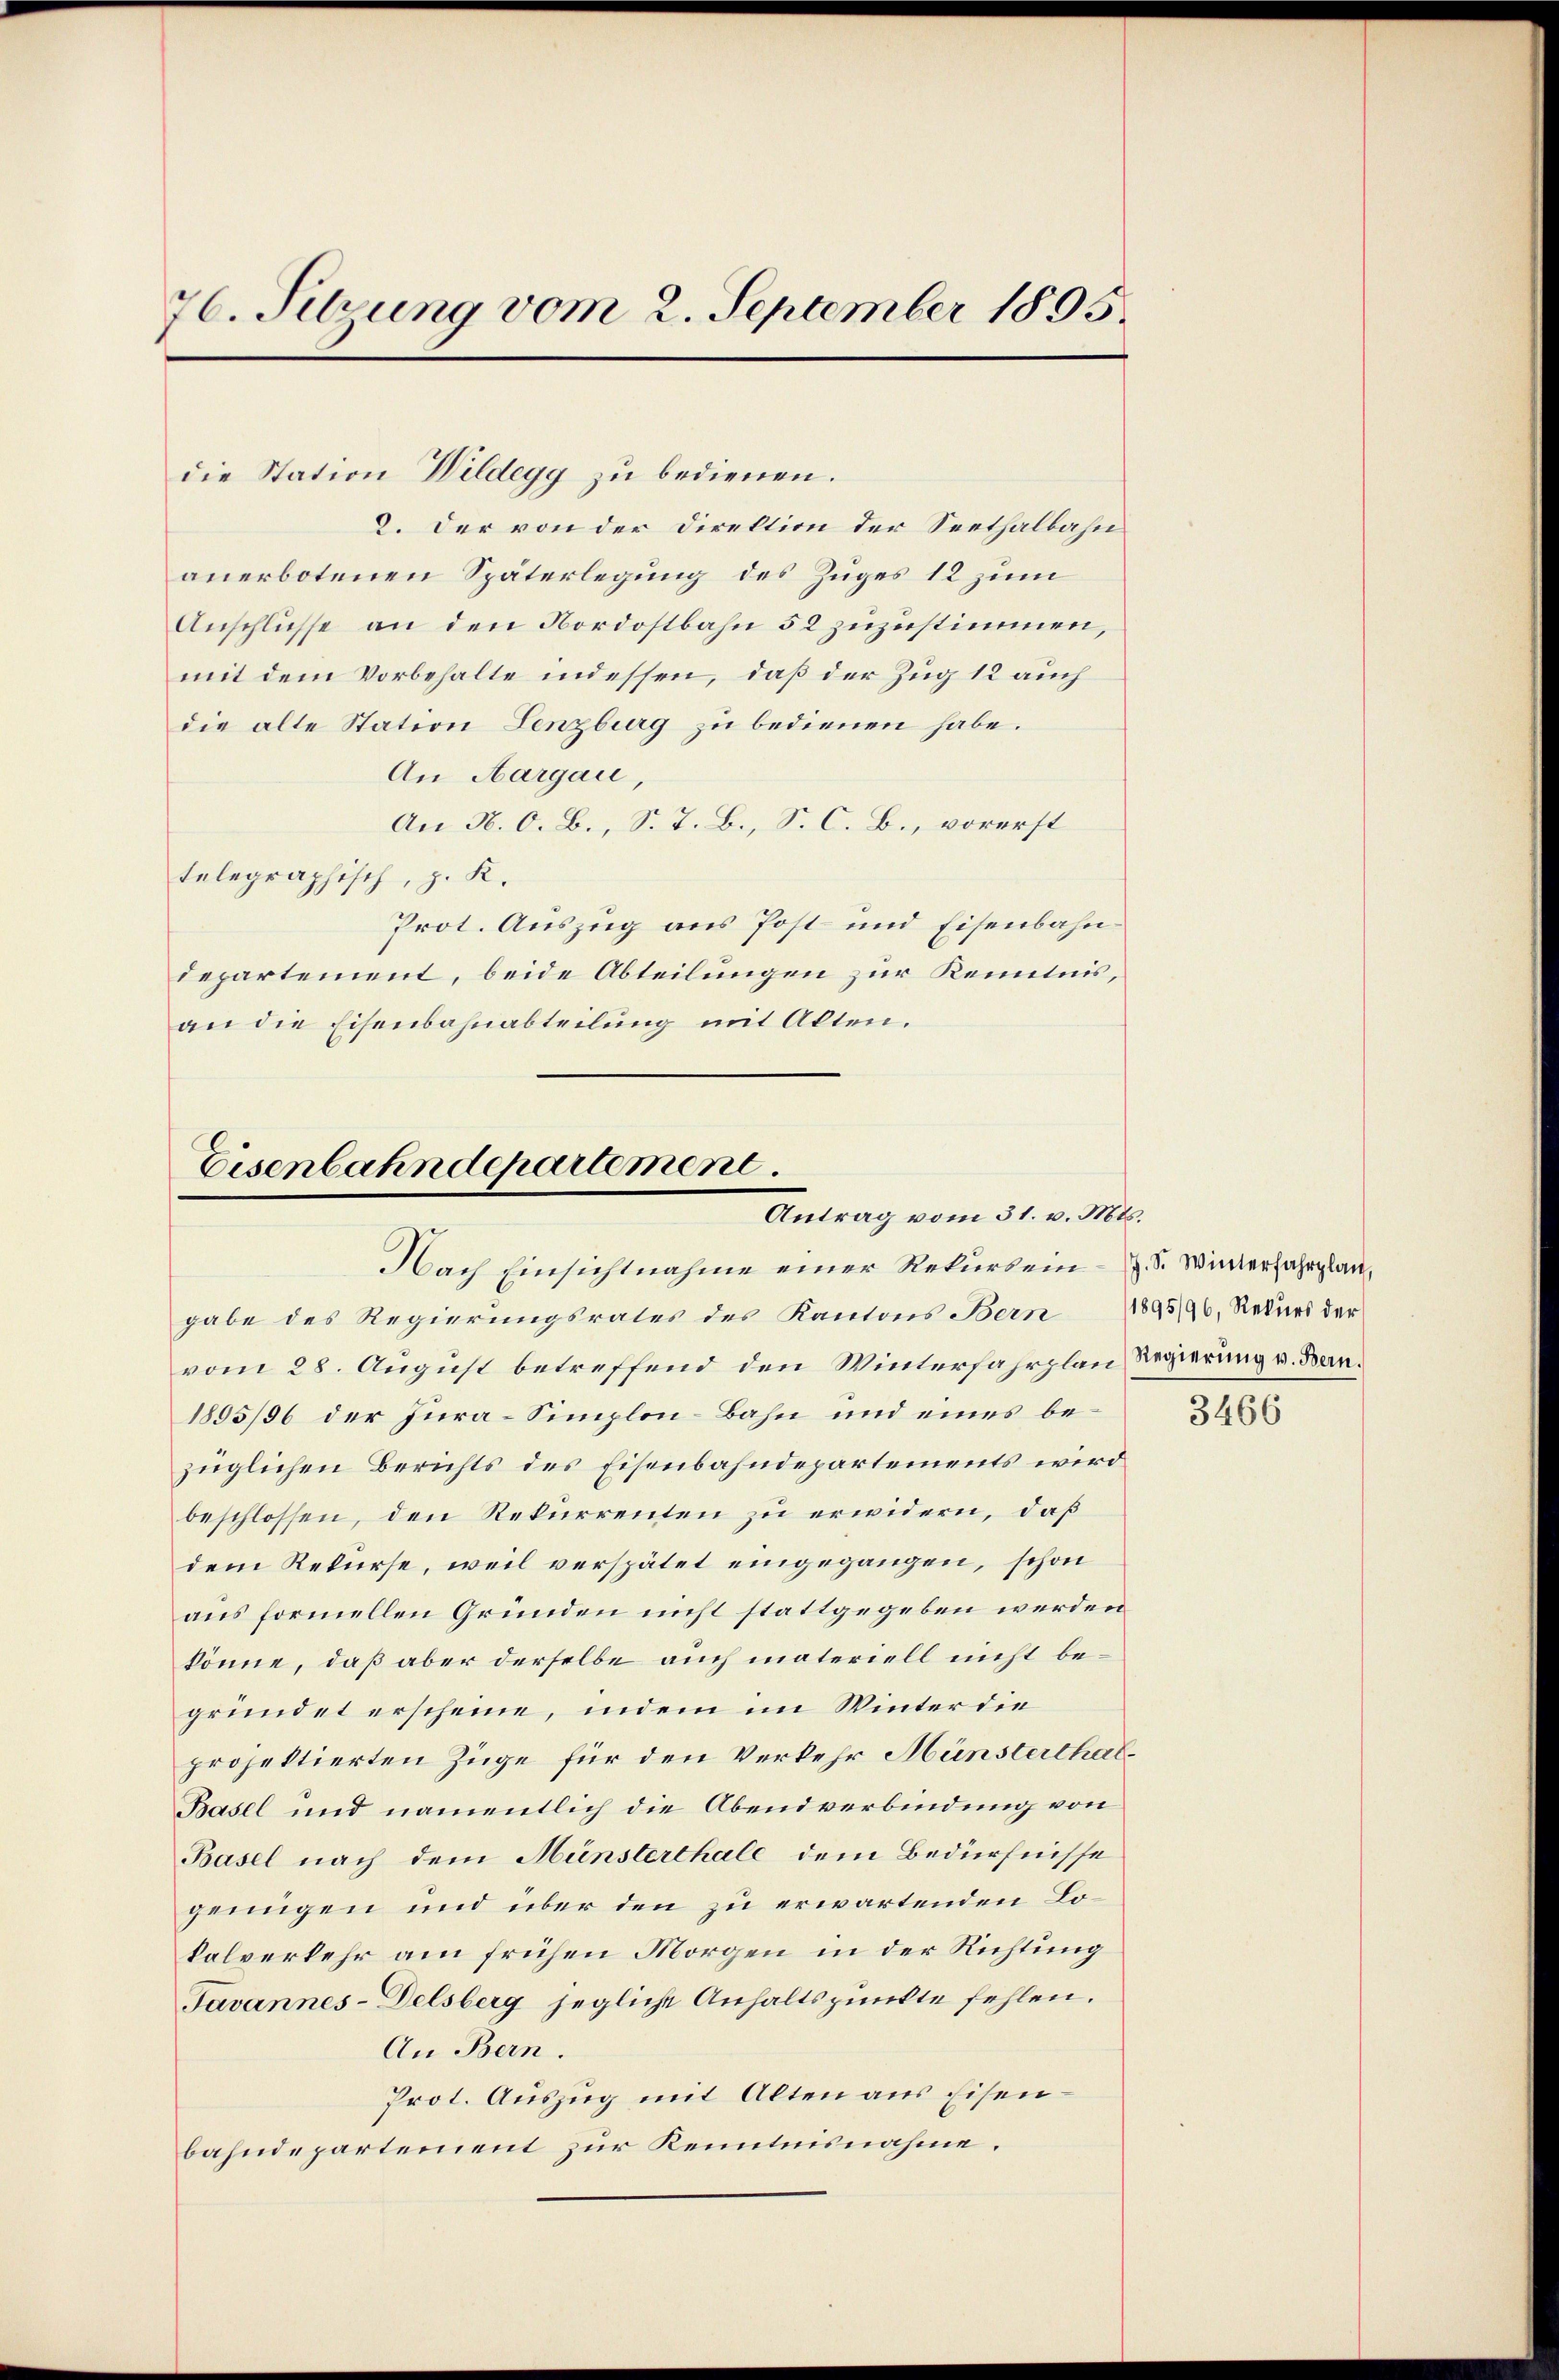
76. Sitzung vom 2. September 1895.

8. Der von der Direktion der Seethalbahn
anerbotenen Späterlegung des Zuges 12 zum
Anschlusse an den Nordostbahn 52 zuzustimmen,
mit dem Vorbehalte indessen, daß der Zug 12 auch
die alte Station Lenzburg zu bedienen habe.
An Aargau,
An N. O. B., S. J. B., S. C. B., vorerst
telegraphisch, z. K.
Prot. Auszug aus Post- und Eisenbahndepartement, beide Abteilungen zur Kenntnis,
an die Eisenbahnabteilung mit Alten.

die Station Wildegg zu bedienen.

Eisenbahndepartement.
Antrag vom 31. v. Mts.
Nach Einsichtnahme einer Rekurs ein - z. S. Winterfahrplan,

gabe des Regierungsrates des Kantons Bern 1895/96, Rekurs der
vom 28. August betreffend den Winterfahrplan Regierung u. Ben¬
1895/36 der Jura-Simplon-Bahn und eines bezüglichen Berichts des Eisenbahndepartements wird
beschlossen, den Rekurrenten zu erwidern, daß
dem Rekurse, weil verspätet eingegangen, schon
aus formellen Gründen nicht stattgegeben werden
könne, daß aber derselbe auch materiell nicht begründet erscheine, indem im Winter die
projektierten Züge für den Verkehr Münsterthal¬
Basel und namentlich die Abendverbindung von
Basel nach dem Münsterthale dem Bedürfnisse
genügen und über den zu erwartenden Lokalverkehr am frühen Morgen in der Richtung
Javannes-Delsberg jegliche Anhaltspunkte fehlen.
An Bern.
Prot. Auszug mit Alten aus Eisenbahndepartement zur Kenntnisnahme.

3466